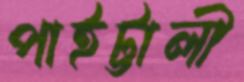
পাইট্টালী